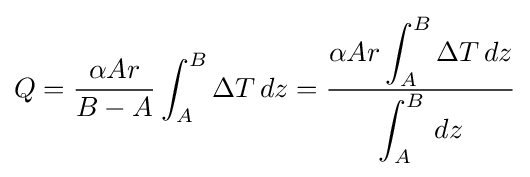
Q={\frac {\alpha Ar}{B-A}}\int _{A}^{B}\Delta T\,dz={\frac {\alpha Ar\displaystyle \int _{A}^{B}\Delta T\,dz}{\displaystyle \int _{A}^{B}\,dz}}